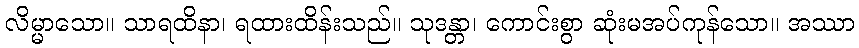
လိမ္မာသော။ သာရထိနာ၊ ရထားထိန်းသည်။ သုဒန္တာ၊ ကောင်းစွာ ဆုံးမအပ်ကုန်သော။ အဿာ